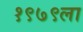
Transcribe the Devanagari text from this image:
१९७९ला